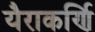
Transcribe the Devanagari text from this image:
यैराकर्णि